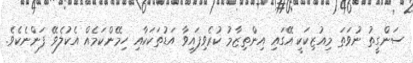
ސަންގީތު ނުވަތަ މިއުޒިކަކީ އޭގައި އިންތިޒާމު ކުރެވިފައިވާ އަޑުތަކަކާއި ހިމޭންކަމެއް އެކުލެވޭ ފަންނެކެވެ.